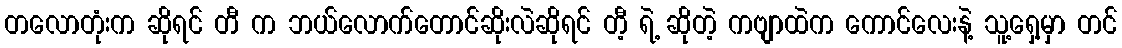
တလောတုံးက ဆိုရင် တီ က ဘယ်လောက်တောင်ဆိုးလဲဆိုရင် တီ့ ရဲ့ ဆိုတဲ့ ကဗျာထဲက ကောင်လေးနဲ့ သူ့ရှေ့မှာ တင်